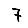
Digit: 7